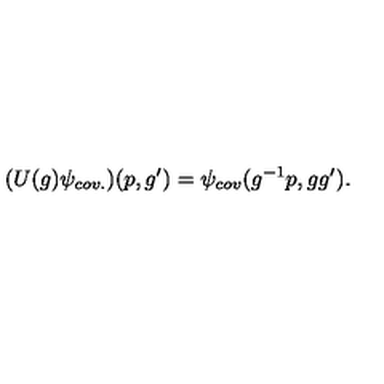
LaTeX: ( U ( g ) \psi _ { c o v . } ) ( p , g ^ { \prime } ) = \psi _ { c o v } ( g ^ { - 1 } p , g g ^ { \prime } ) .